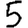
Digit: 5